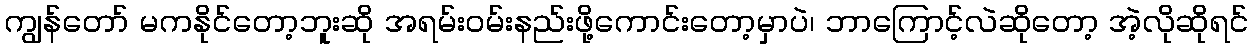
ကျွန်တော် မကနိုင်တော့ဘူးဆို အရမ်းဝမ်းနည်းဖို့ကောင်းတော့မှာပဲ၊ ဘာကြောင့်လဲဆိုတော့ အဲ့လိုဆိုရင်